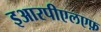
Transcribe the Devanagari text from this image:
इआरपीएलएफ़